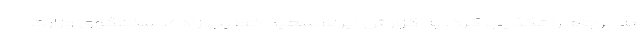
به برجام را تکذیب کرد. به گزارش ایرنا؛ سعید خطیب زاده، سخنگوی وزارت